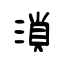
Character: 溑